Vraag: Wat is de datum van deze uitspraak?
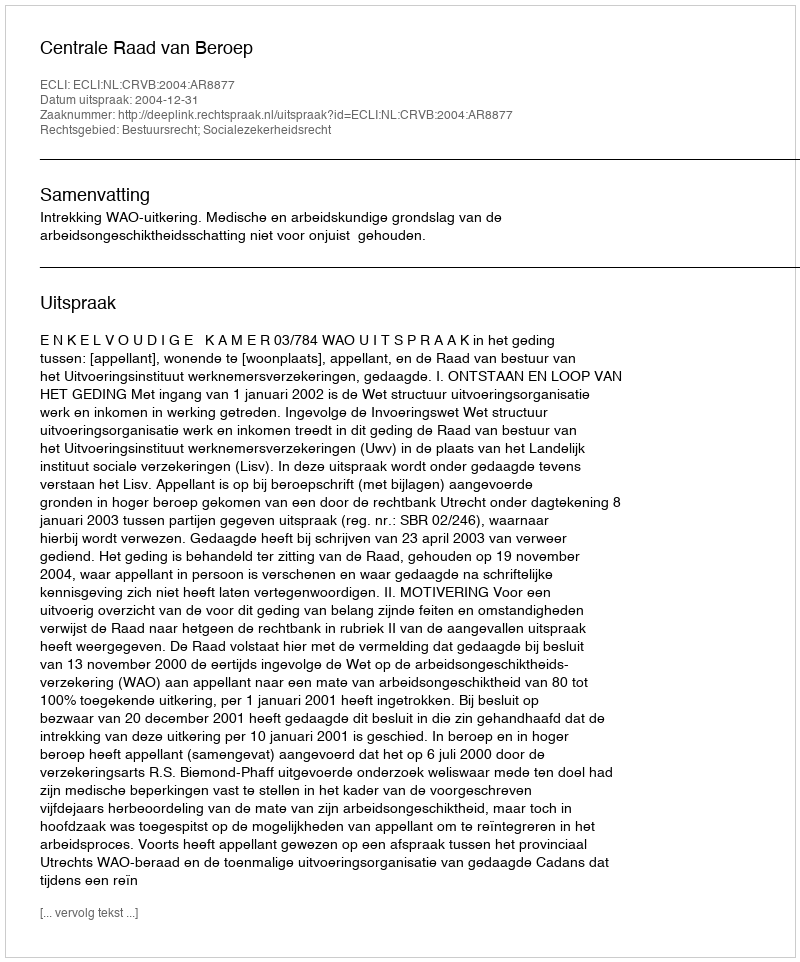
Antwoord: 2004-12-31